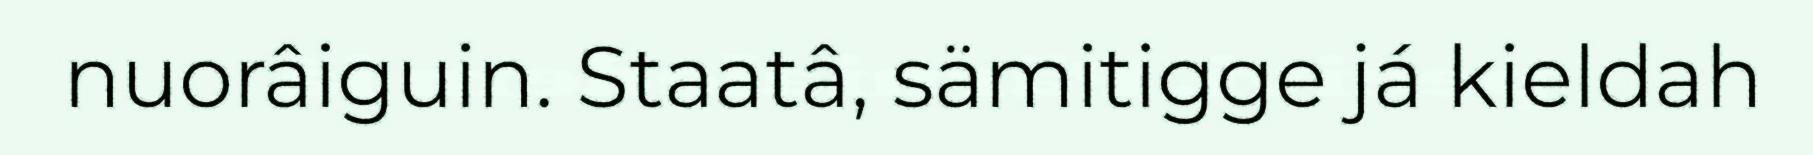
nuorâiguin. Staatâ, sämitigge já kieldah